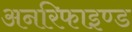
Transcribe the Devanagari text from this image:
अनरिफाइण्ड